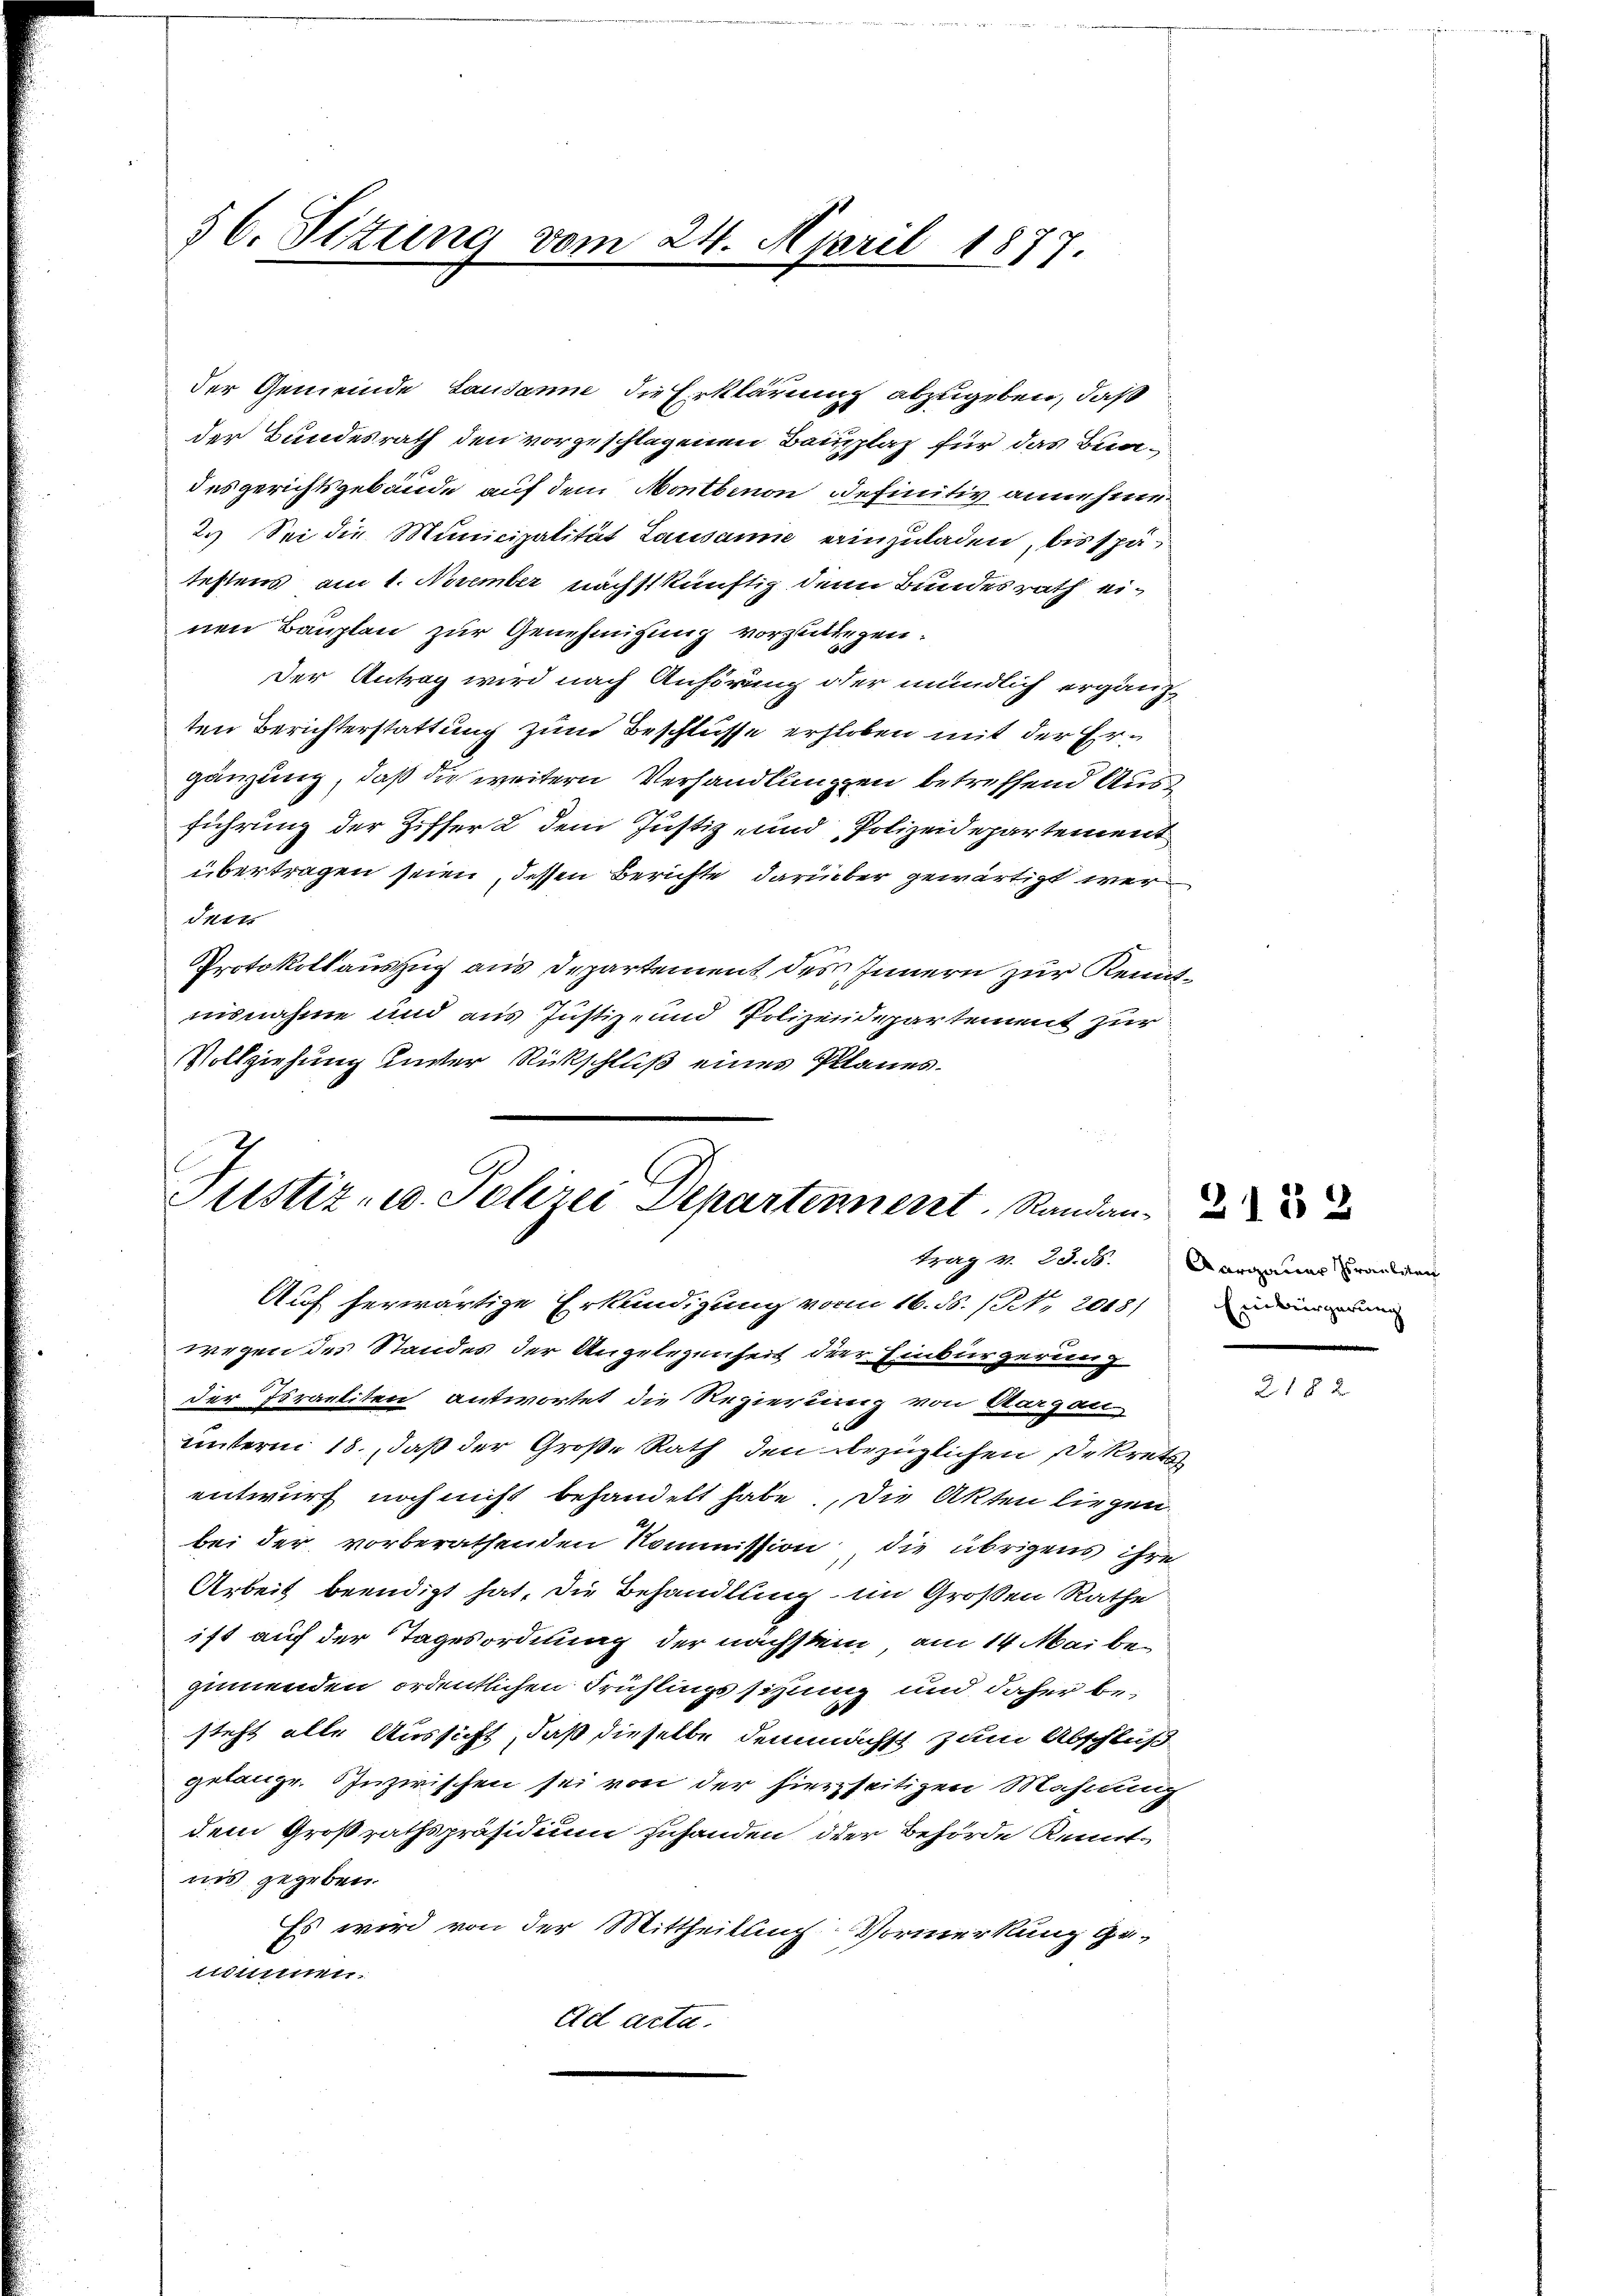
§ 6. Pittung vom 24. April 1877.

der Gemeinde Lausanne die Erklärung abzugeben, daß
der Bundesrath den vorgeschlagenen Bauplaz für das Bundesgerichtsgebäude auf dem Montbinon definitiv annehme
2.) Sei die Municipalität Lausanne einzuladen, bis spä
testens am 1. November nächstkünftig denn Bundesrath einen Bauplan zur Genehmigung vorzuliegen.
Der Antrag wird nach Anhörung oder mündlich ergänzten Berichterstattung zum Beschlüsse erhoben mit der Ergänzung, daß die weitern Verhandlungen betreffend Ausführung der Ziffer 2 dem Justiz- und Polizeidepartement
übertragen seien, dessen Berichte darüber gewärtigt wer
dett
Protokollauszug aus Departement des Innern zur Kenntiisnahme und aus Justiz- und Polizeidepartement zur
Vollziehung unter Rückschluß eines Planes.

Ctistiz- u. Polizei Departennent Randan¬

Auf herwärtige Erkundigung vom 16. ds. (S. 2048) Den inn
wegen des Standes der Angelegenheit der Einbürgerung
der Israeliten antwortet die Regierung von Aargau
unterm 18., daß der Große Rath den bezüglichen Dekrets
entwurf noch nicht behandelt habe. Die Akten liegen
bei der vorberathenden Kommission die übrigens ihre
Arbeit beendigt hat, die Behandlung im Großen Rathe
ist auf der Tagesordnung der nächstein, am 14. Maibe
gimenden ordentlichen Frühlingssitzung und daher besteht alle Aussicht, daß dieselbe demnächst zum Abschluß
gelange. Inzwischen sei von der hierseitigen Mahnung
dem Großrathspräsidium zuhanden, oder Behörde Kennt-
nis gegeben.
Es wird von der Mittheilung Vormerkung ge-
tum.
Ad acta.

Hag 4. d. B. Aargauer Brandien

218 2

218 x